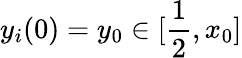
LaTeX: y_{i}(0)=y_{0}\in[\frac{1}{2},x_{0}]